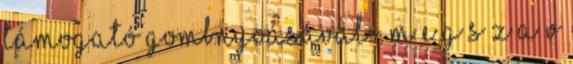
támogató gombnyoásával- M E G S Z A V